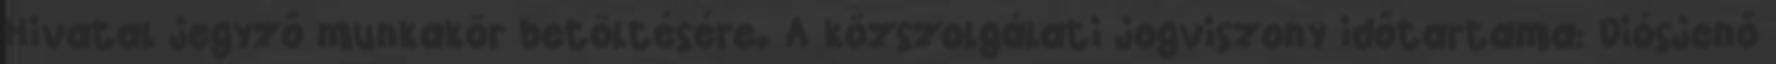
Hivatal jegyző munkakör betöltésére. A közszolgálati jogviszony időtartama: Diósjenő